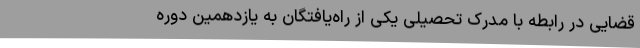
قضایی در رابطه با مدرک تحصیلی یکی از راه‌یافتگان به یازدهمین دوره